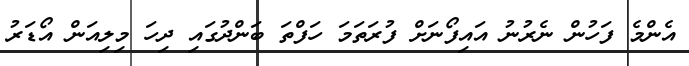
އެންމެ ފަހުން ނެރުނު އައިފޯނަށް ފުރަތަމަ ހަފްތަ ބަންދުގައި ދިހަ މިލިއަން އޯޑަރު